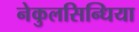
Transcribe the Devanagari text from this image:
नेकुलसिन्धिया